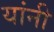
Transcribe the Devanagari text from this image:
यांनी